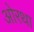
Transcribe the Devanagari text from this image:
ओरथा